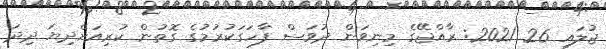
ޖުލައި 26 2021: ރާއްޖޭގެ މިނިވަން ދުވަސް ފާހަގަކުރުމުގެ ގޮތުން ކުރިއަށްދިޔަ ދިދަ